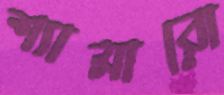
শ্যামারো